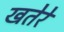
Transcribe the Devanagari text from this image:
खतेरे